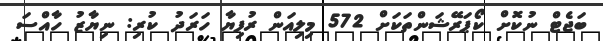
ބަޖެޓް ނުކޮށް ކޯޕަރޭޝަންތަކަށް 572 މިލިއަން ރުފިޔާ ހަރަދު ކުރި: ނިޔާޒު ހާއްސަ